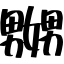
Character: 嬲